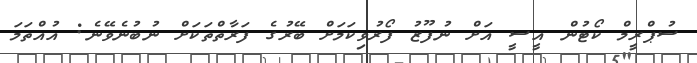
ސުޕްރީމް ކޯޓުން އީސީ އަށް ނުފޫޒު ފޯރުވިކަމަށް ބޭރުގެ ފަރާތްތަކަށް ނުބުނެވޭނެ: އުއްތަމަ